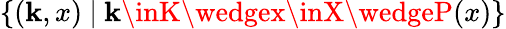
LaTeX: \{ (\mathbf{k},x)\ |\ \mathbf{k}\inK\wedgex\inX\wedgeP(x)\}